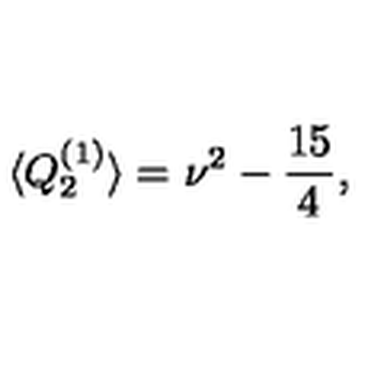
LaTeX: \langle Q _ { 2 } ^ { ( 1 ) } \rangle = \nu ^ { 2 } - \frac { 1 5 } { 4 } ,